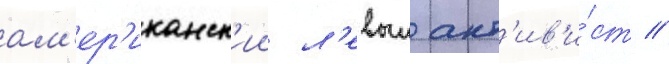
ам'ер'иканск'ии л'евыи акт'ив'и́ст /